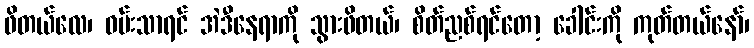
ဖိတယ်လေ၊ ဝမ်းသာရင် အဲဒီနေရာကို သွားဖိတယ်၊ စိတ်ညစ်ရင်တော့ ခေါင်းကို ကုတ်တယ်နော်၊